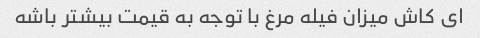
ای کاش میزان فیله مرغ با توجه به قیمت بیشتر باشه